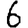
Digit: 6